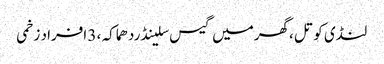
لنڈی کوتل ،گھرمیں گیس سلینڈردھماکہ ، 3 افراد زخمی